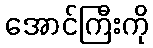
အောင်ကြီးကို